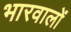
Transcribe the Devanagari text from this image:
भारवालों